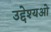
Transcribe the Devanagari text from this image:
उद्देश्यओ